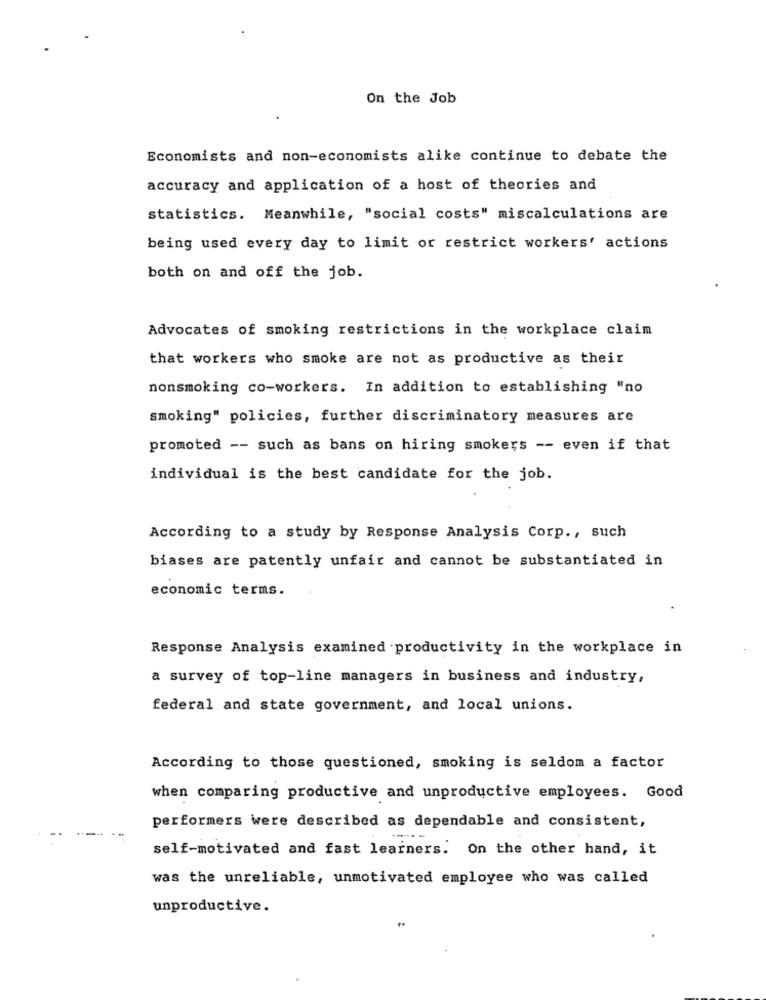
On the Job
Economists and non-economists alike continue to debate the
accuracy and application of a host of theories and
statistics. Meanwhile, "social costs" miscalculations are
being used every day to limit or restrict workers' actions
both on and off the job.
Advocates of smoking restrictions in the workplace claim
that workers who smoke are not as productive as their
nonsmoking co-workers. In addition to establishing "no
smoking" policies, further discriminatory measures are
promoted -- such as bans on hiring smokers -- even if that
individual is the best candidate for the job.
According to a study by Response Analysis Corp ., such
biases are patently unfair and cannot be substantiated in
economic terms.
Response Analysis examined productivity in the workplace in
a survey of top-line managers in business and industry,
federal and state government, and local unions.
According to those questioned, smoking is seldom a factor
when comparing productive and unproductive employees. Good
performers were described as dependable and consistent,
self-motivated and fast learners. On the other hand, it
was the unreliable, unmotivated employee who was called
unproductive.